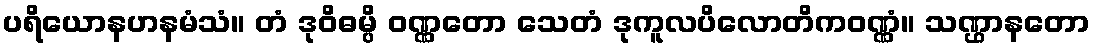
ပရိယောနဟနမံသံ။ တံ ဒုဝိဓမ္ပိ ဝဏ္ဏတော သေတံ ဒုကူလပိလောတိကဝဏ္ဏံ။ သဏ္ဌာနတော